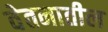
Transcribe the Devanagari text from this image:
वेतनातील